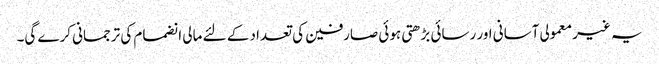
یہ غیر معمولی آسانی اور رسائی بڑھتی ہوئی صارفین کی تعداد کے لئے مالی انضمام کی ترجمانی کرے گی۔